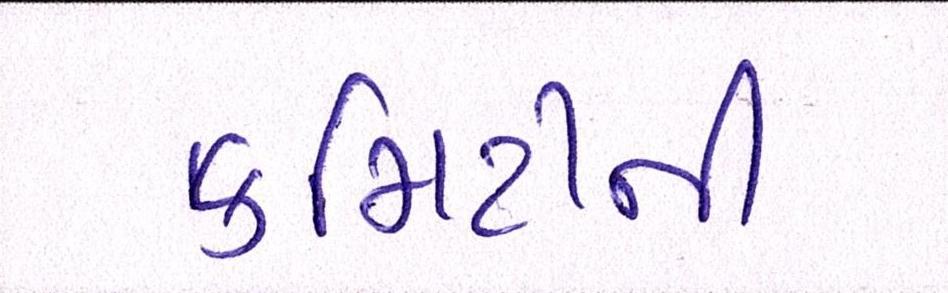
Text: કમિટીની